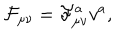
LaTeX: \mathcal { F } _ { \mu \nu } = \mathcal { F } _ { \mu \nu } ^ { a } v ^ { a } ,